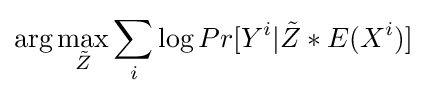
\arg \max _{\tilde {Z}}\sum _{i}\log Pr[Y^{i}|{\tilde {Z}}\ast E(X^{i})]